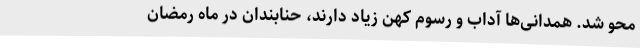
محو شد. همدانی‌ها آداب و رسوم کهن زیاد دارند، حنابندان در ماه رمضان